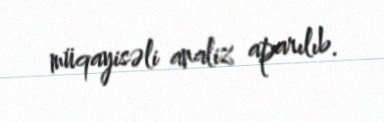
müqayisəli analiz aparılıb.